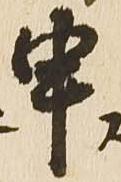
申